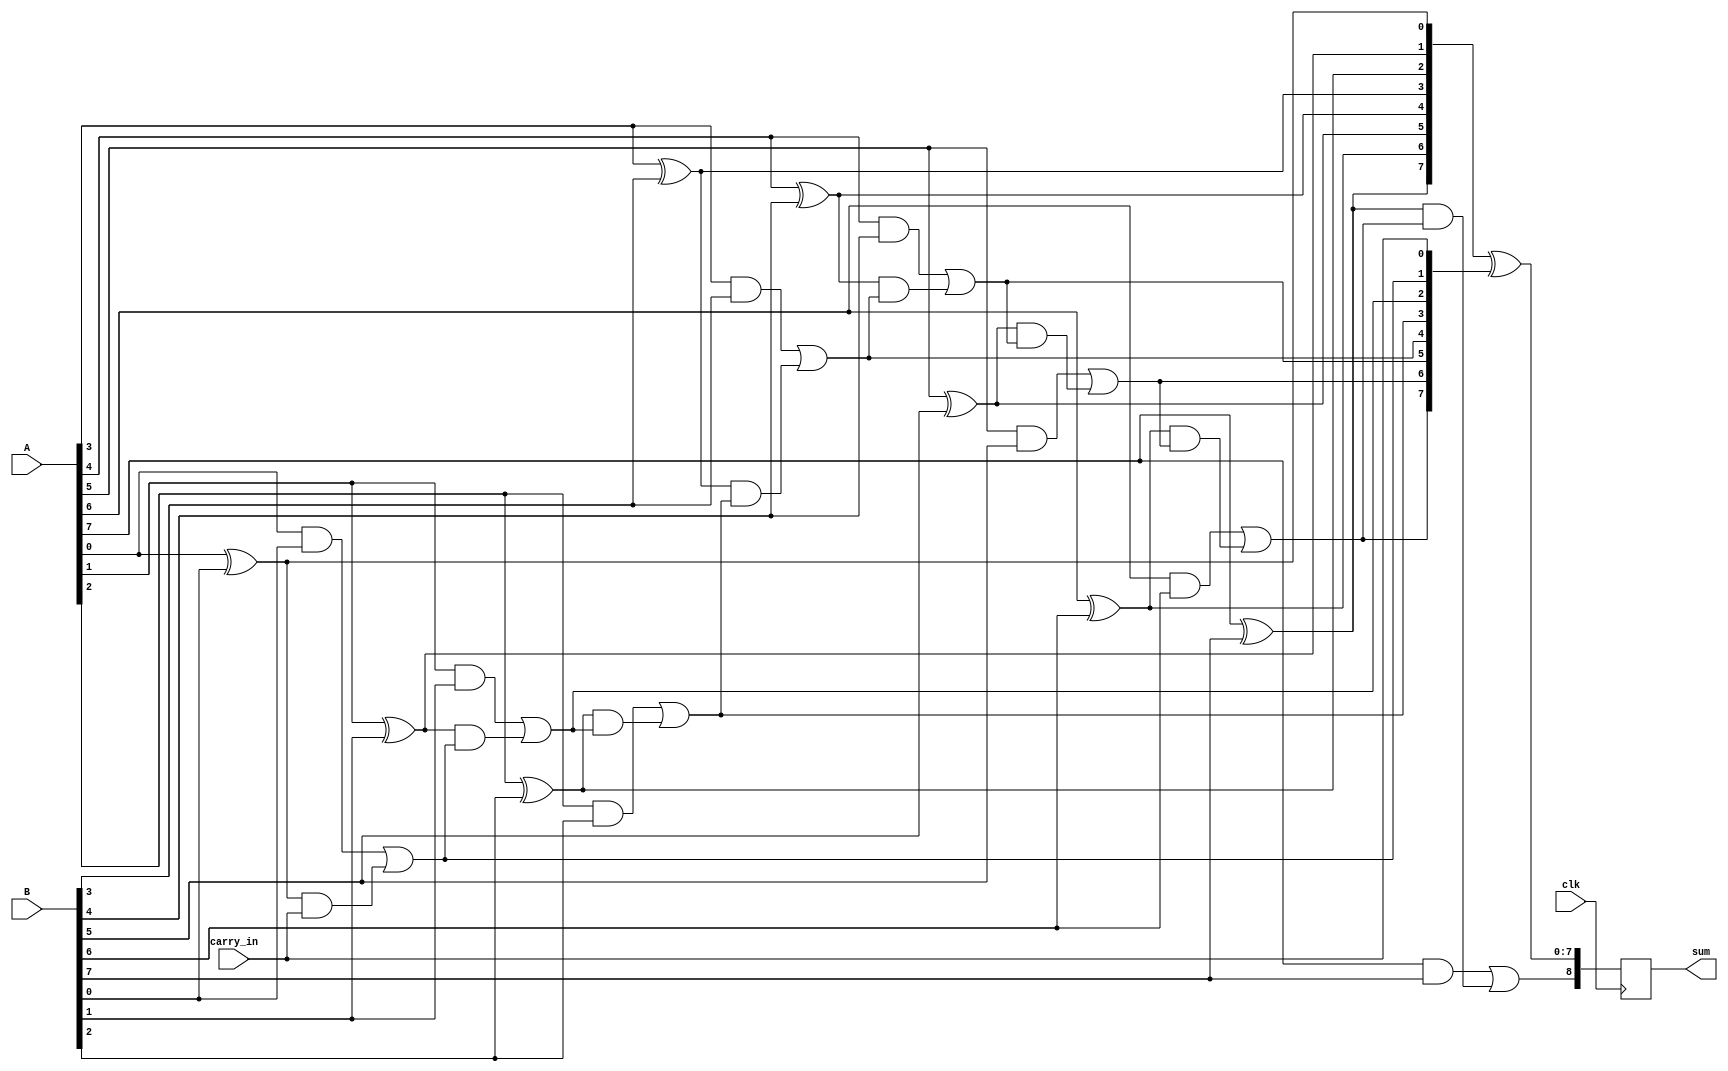
module PrecomputationCarryAdder #(parameter N = 8) (
    input wire clk,
    input wire [N-1:0] A,      // First input operand
    input wire [N-1:0] B,      // Second input operand
    input wire carry_in,        // Incoming carry
    output reg [N:0] sum        // Sum output (N+1 bits)
);

    // Carry generation logic
    wire [N:0] carry;           // Carry outputs
    wire [N-1:0] P;            // Propagate signals
    wire [N-1:0] G;            // Generate signals

    // Generate and propagate signals
    genvar i;
    generate
        for (i = 0; i < N; i = i + 1) begin : carry_logic
            assign P[i] = A[i] ^ B[i]; // Propagate
            assign G[i] = A[i] & B[i]; // Generate
        end
    endgenerate

    // Carry computation using lookahead logic
    assign carry[0] = carry_in; // Initial carry is the incoming carry
    generate
        for (i = 0; i < N; i = i + 1) begin : carry_compute
            assign carry[i + 1] = G[i] | (P[i] & carry[i]); // Carry-out for each bit
        end
    endgenerate

    // Sum calculation
    always @(posedge clk) begin
        sum <= {carry[N], P ^ {carry[N-1:0]}}; // Sum = P XOR carry
    end

endmodule